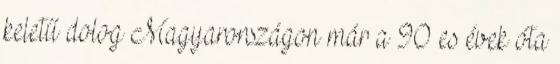
keletű dolog Magyarországon már a 90 es évek óta